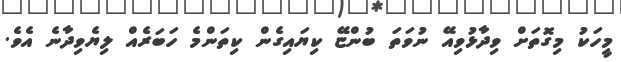
މީހަކު މިގޮތަށް ވިދާޅުވިއޭ ނުވަތަ ބުންޏޭ ކިޔައިގެން ކިތަންމެ ހަބަރެއް ލިޔެވިދާނެ އެވެ.